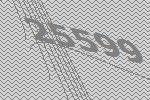
25599